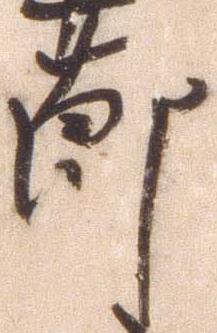
節